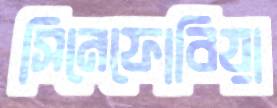
সিনেফোবিয়া